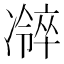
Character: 𫥜